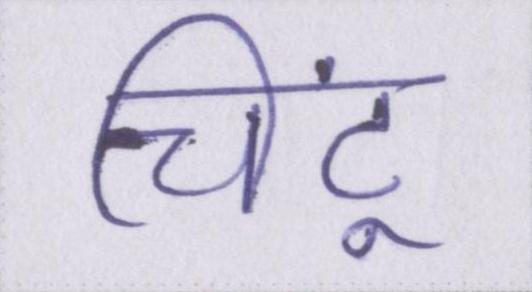
चिंटू